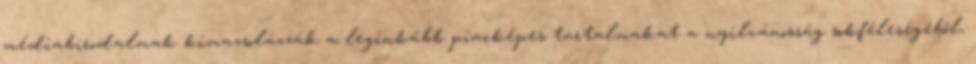
médiabirodalmak kimazsolázzák a leginkább piacképes tartalmakat a nyilvánosság sokféleségéből,